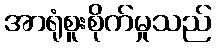
အာရုံစူးစိုက်မှုသည်